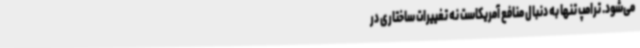
می‌شود. ترامپ تنها به دنبال منافع آمریکاست نه تغییرات ساختاری در